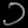
Digit: ၁